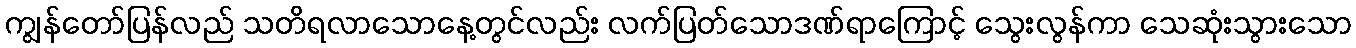
ကျွန်တော်ပြန်လည် သတိရလာသောနေ့တွင်လည်း လက်ပြတ်သောဒဏ်ရာကြောင့် သွေးလွန်ကာ သေဆုံးသွားသော